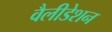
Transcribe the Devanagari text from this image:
वैलीडेशन